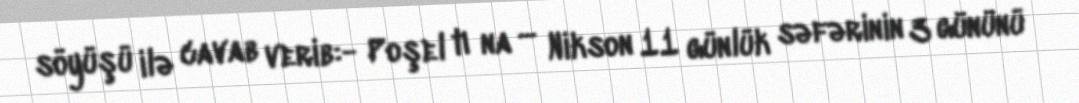
söyüşü ilə cavab verib:- Poşel tı na ... Nikson 11 günlük səfərinin 3 gününü